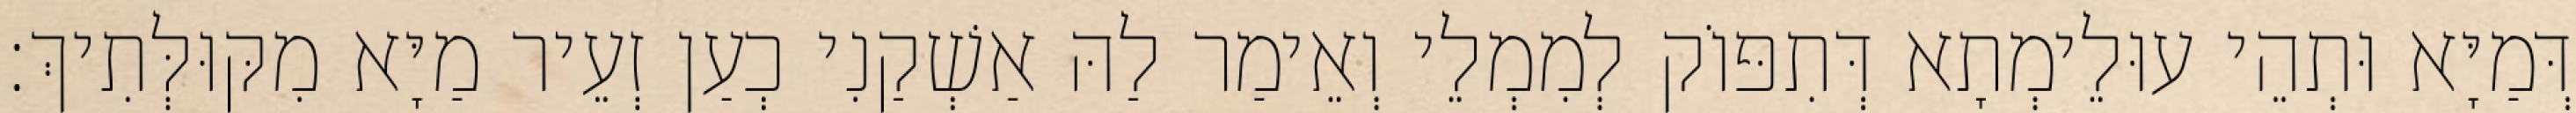
דְּמַיָּא וּתְהֵי עוּלֵימְתָא דְּתִפּוֹק לְמִמְלֵי וְאֵימַר לַהּ אַשְׁקַנִי כְעַן זְעֵיר מַיָּא מִקּוּלְּתִיךְ׃